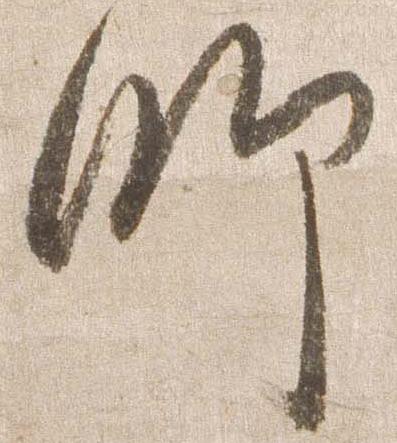
師